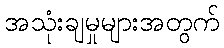
အသုံးချမှုများအတွက်